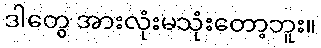
ဒါတွေ အားလုံးမသုံးတော့ဘူး။